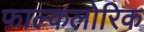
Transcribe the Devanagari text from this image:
फाल्कलोरिक